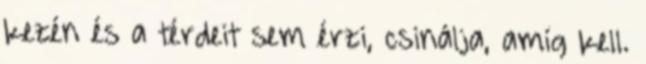
kezén és a térdeit sem érzi, csinálja, amíg kell.